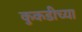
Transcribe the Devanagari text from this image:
कुकडीच्या